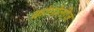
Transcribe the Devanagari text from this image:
कोंगोलीज़